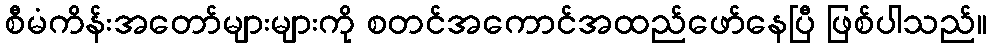
စီမံကိန်းအတော်များများကို စတင်အကောင်အထည်ဖော်နေပြီ ဖြစ်ပါသည်။